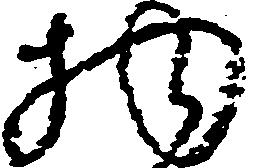
物